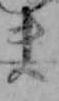
ま